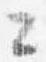
々